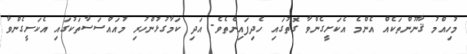
މުހިއްމު ޤާނޫންތަކެއް އެންމެ އެކަށީގެންވާ ގޮތުގައި ހެދިފައިނެތެވެ. އަދި ކަމާގުޅުންހުރި މުއައްސަސާތަކުގައި އެކަށީގެންވާ